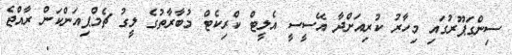
ސިންގަޕޫރުގައި މިހާރު ކުރިއަށްދާ އޭސީސީ އެލީޓް ކްރިކެޓް މުބާރާތުގެ ލީގު ޗެމްޕިއަންކަން ރާއްޖެ